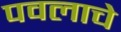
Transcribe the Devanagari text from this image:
पवलाचे